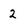
Character: 2